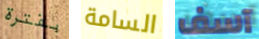
بفترة السامة آسف